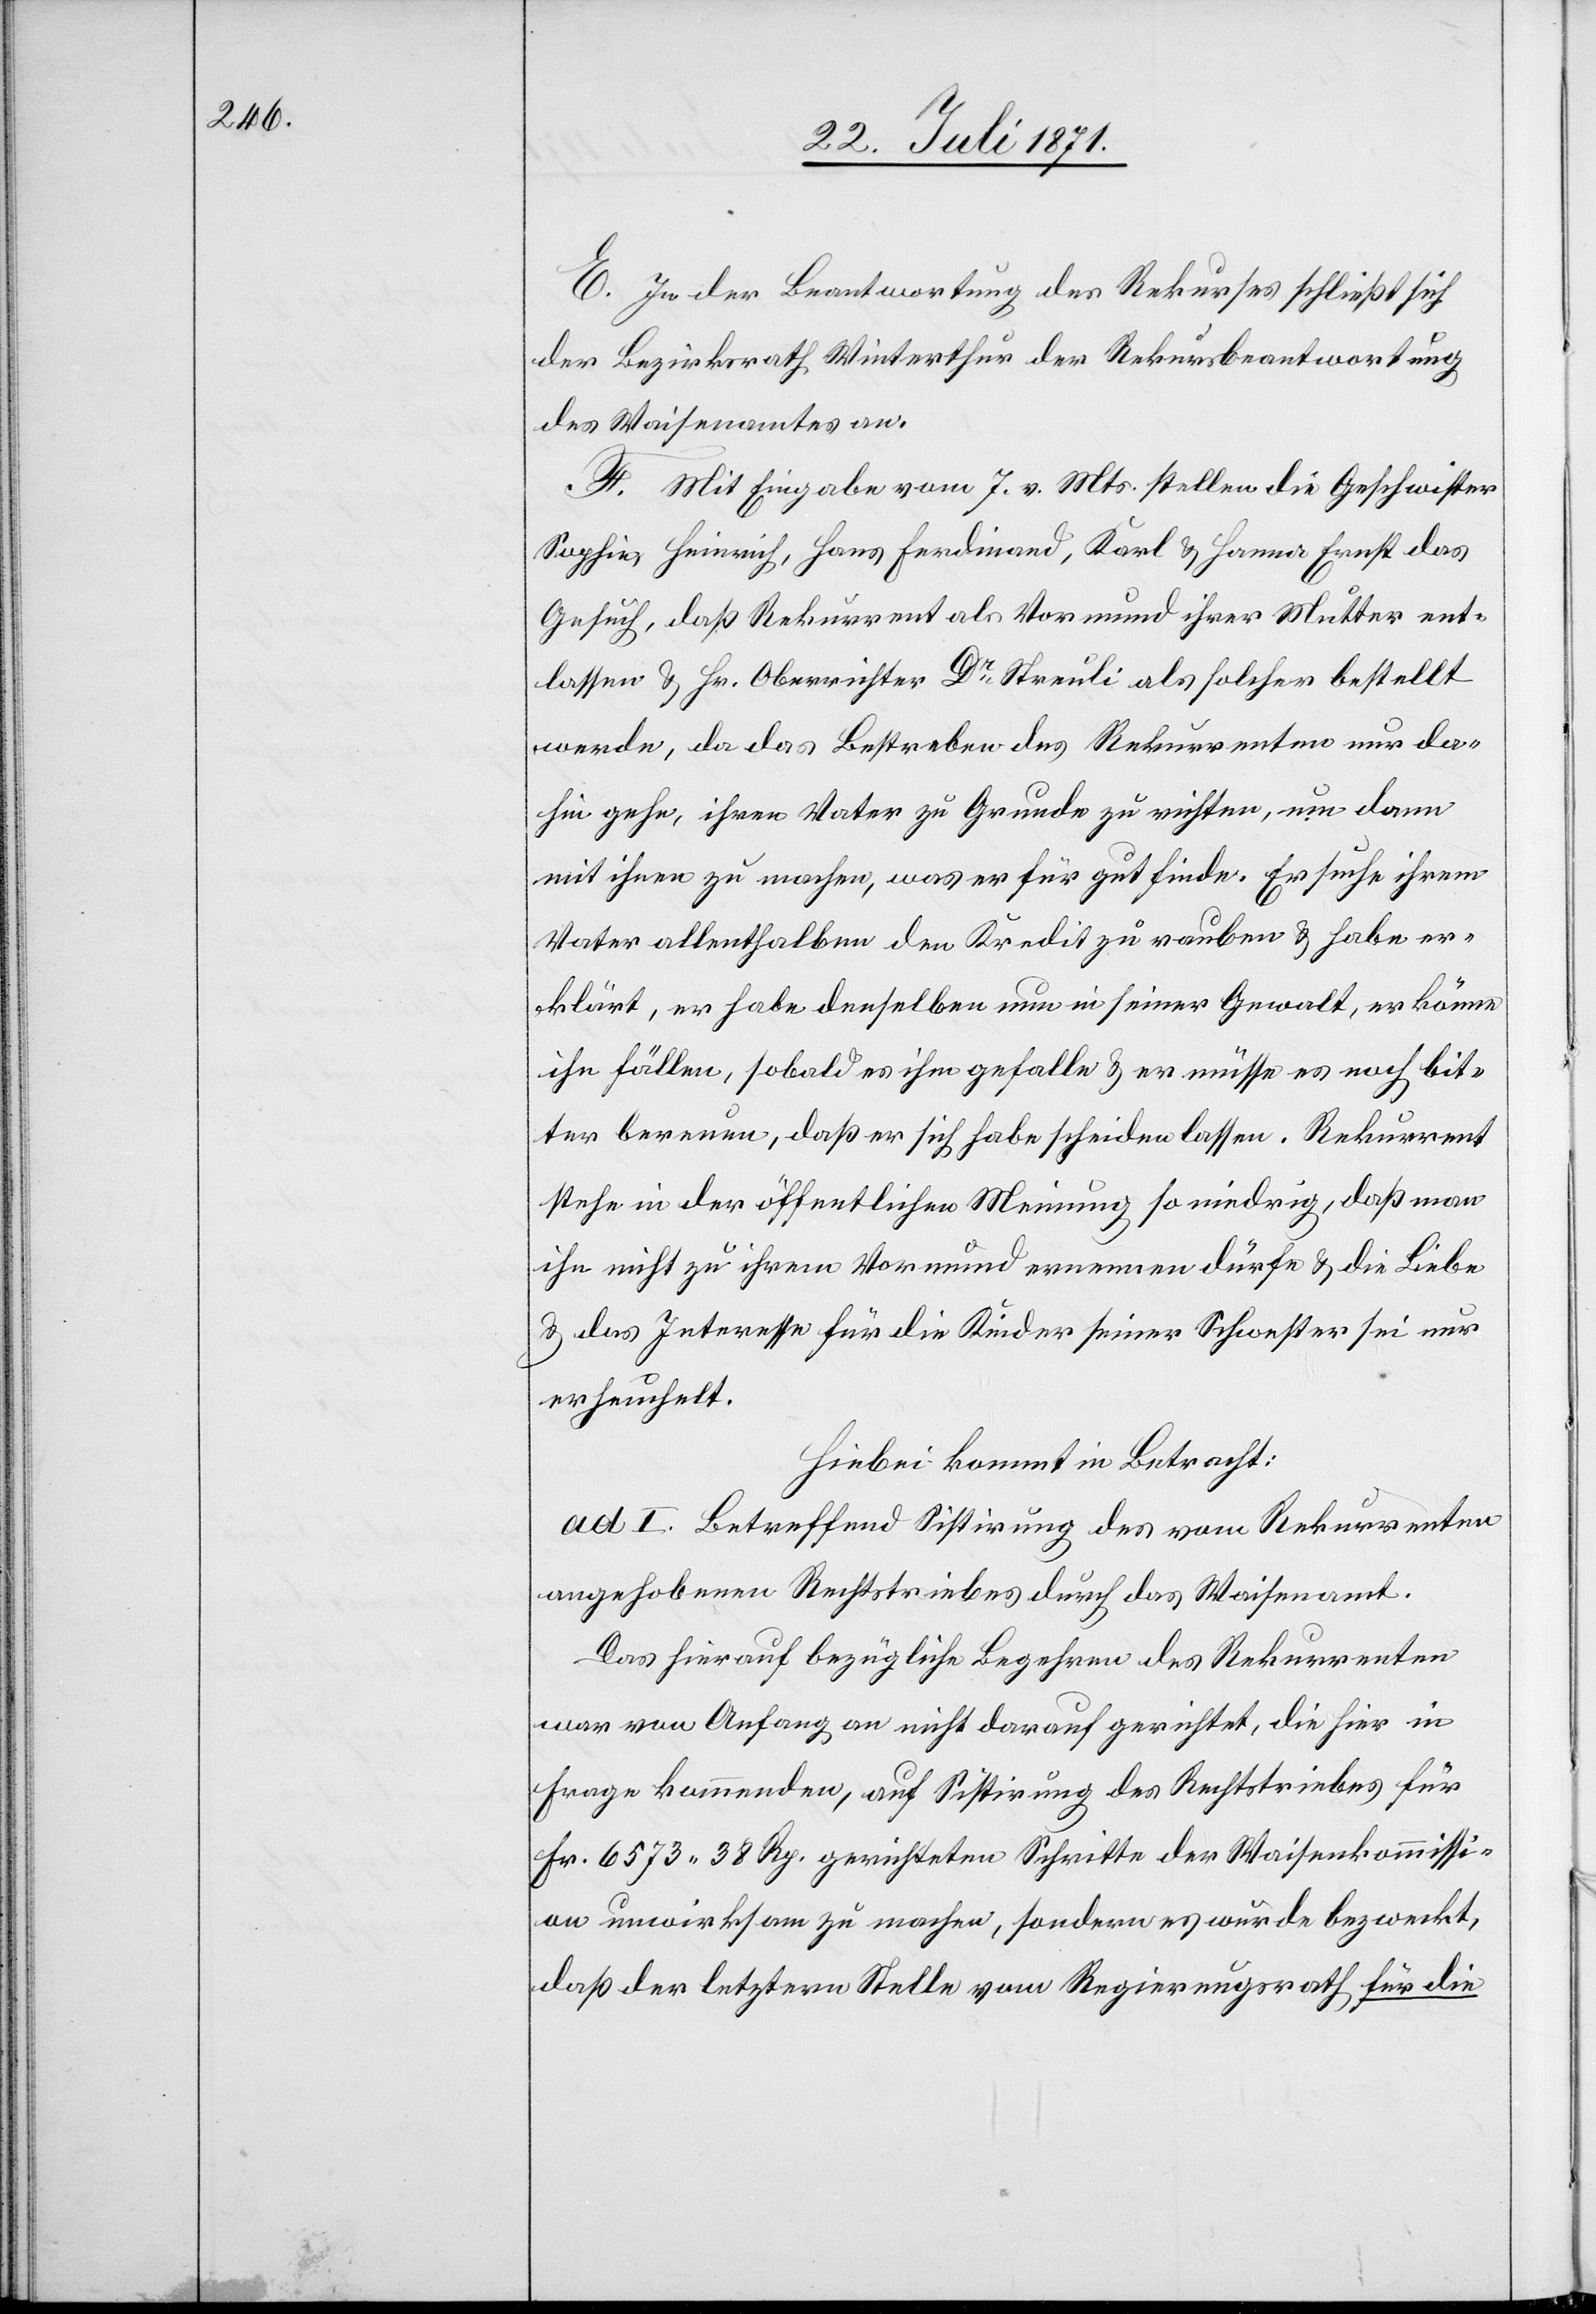
E. In der Beantwortung des Rekurses schließt sich
der Bezirksrath Winterthur der Rekursbeantwortung
des Waisenamtes an.
F. Mit Eingabe vom 7. v. Mts. stellen die Geschwister
Sophie, Heinrich, Hans Ferdinand, Karl u. Hanna Ernst das
Gesuch, daß Rekurrent als Vormund ihrer Mutter ent¬
lassen u. Hr. Oberrichter Dr. Streuli als solcher bestellt
werde, da das Bestreben des Rekurrenten nur da¬
hin gehe, ihren Vater zu Grund zu richten, um dann
mit ihnen zu machen, was er für gut finde. Er suche ihrem
Vater allenthalben den Kredit zu rauben u. habe er¬
klärt, er habe denselben nun in seiner Gewalt, er könne
ihn fällen, sobald es ihm gefalle u. er müsse es noch bit¬
ter bereuen, daß er sich habe scheiden lassen. Rekurrent
stehe in der öffentlichen Meinung so niedrig, daß man
ihn nicht zu ihrem Vormund ernennen dürfe u. die Liebe
u. das Interesse für die Kinder seiner Schwester sei nur
erheuchelt.
Hiebei kommt in Betracht:
ad I. Betreffend Sistirung des vom Rekurrenten
angehobenen Rechtstriebes durch das Waisenamt.
Das hierauf bezügliche Begehren des Rekurrenten
war von Anfang an nicht darauf gerichtet, die hier in
Frage kommenden, auf Sistirung des Rechtstriebes für
Fr. 6573.38 Rp. gerichteten Schritte der Waisenkommissi¬
on unwirksam zu machen, sondern es wurde bezweckt,
daß der letztern Stelle vom Regierungsrath für die